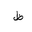
Letter: _za